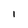
Character: I